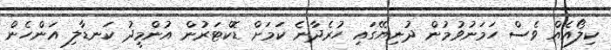
ކިލޯއެއް ވެސް ހަމަނުވުމުން ދުނިޔޭގައި ހުރެދާނެ ކަމަށް ޑޮކްޓަރުން އުންމީދު ކަނޑާލި އަންހެން